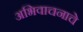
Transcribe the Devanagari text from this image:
अभिवाचनाचे